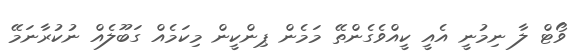
ވޯޓް ލާ ނިމުނީ އެއީ ކީއްވެގެންތޭ މަމެން ޕިންކީން މިކަމެއް ގަބޫލެއް ނުކުރާނަމޭ